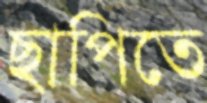
ছাপিতে